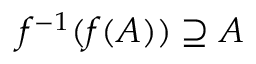
f ^ { - 1 } ( f ( A ) ) \supseteq A